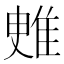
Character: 𨾳